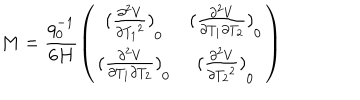
M = \frac { q _ { 0 } ^ { - 1 } } { 6 H } \left( \begin{matrix} { { { ( \frac { { \partial ^ { 2 } } V } { \partial { T _ { 1 } } ^ { 2 } } ) } _ { 0 } } } & { { { ( \frac { { \partial ^ { 2 } } V } { \partial { T _ { 1 } } \partial { T _ { 2 } } } ) } _ { 0 } } } \\ { { { ( \frac { { \partial ^ { 2 } } V } { \partial { T _ { 1 } } \partial { T _ { 2 } } } ) } _ { 0 } } } & { { { ( \frac { { \partial ^ { 2 } } V } { \partial { T _ { 2 } } ^ { 2 } } ) } _ { 0 } } } \\ \end{matrix} \right)